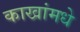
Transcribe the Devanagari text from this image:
काखांमधे